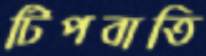
টিপবাতি